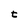
Character: t